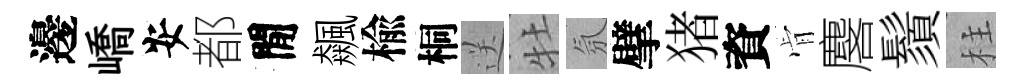
邊嶠安都閒飆楡桐送牡氛擘猪資肻麐鬚柱